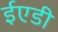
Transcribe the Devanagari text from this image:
ईएडी